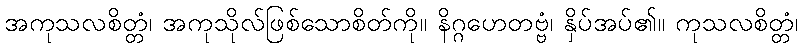
အကုသလစိတ္တံ၊ အကုသိုလ်ဖြစ်သောစိတ်ကို။ နိဂ္ဂဟေတဗ္ဗံ၊ နှိပ်အပ်၏။ ကုသလစိတ္တံ၊